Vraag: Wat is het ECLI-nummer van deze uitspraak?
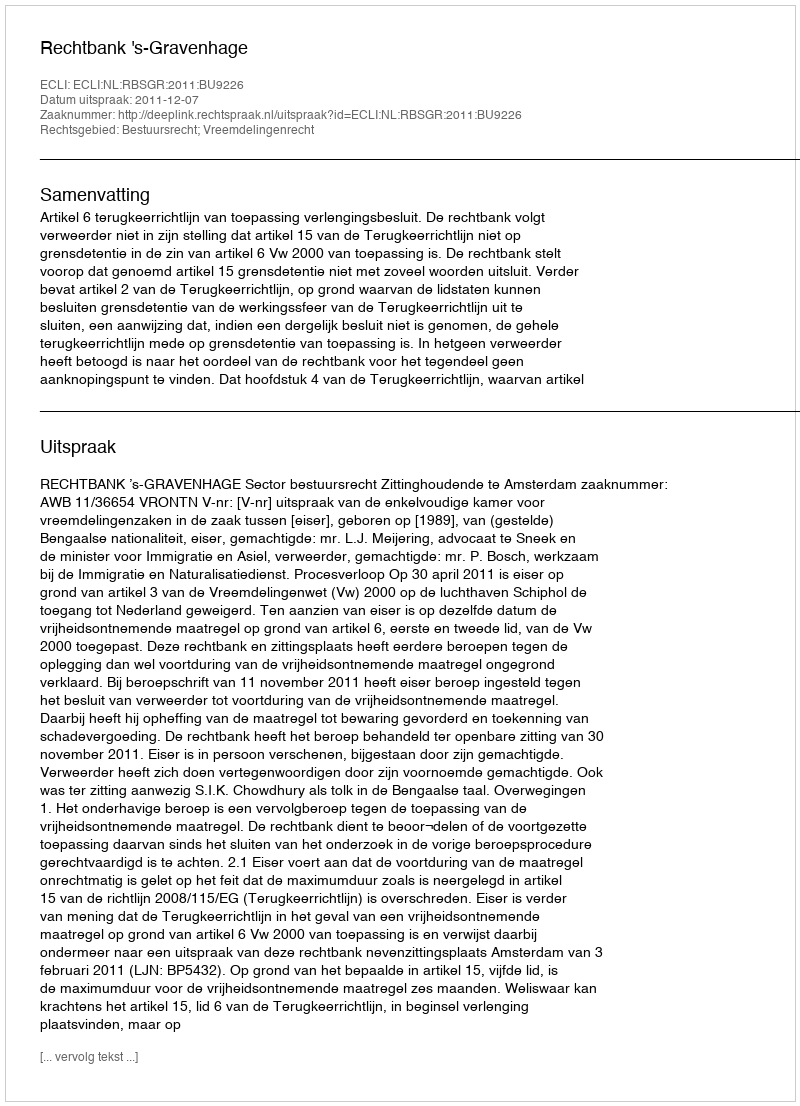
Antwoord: ECLI:NL:RBSGR:2011:BU9226